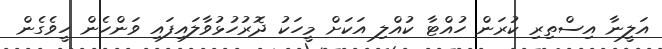
އަލީނާ އިސްތިރި ކުރަން ހުއްޓާ ކުއްލި އަކަށް މީހަކު ދޮރުހުޅުވާލައިފައި ވަންހެން ހީވެގެން